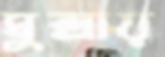
মুন্দ্রায়